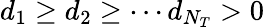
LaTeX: d_{1}\ge d_{2}\ge\cdots d_{N_{T}}>0